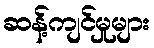
ဆန့်ကျင်မှုများ